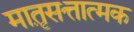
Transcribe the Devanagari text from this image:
मात़ृसत्तात्मक